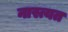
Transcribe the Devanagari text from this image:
नास्त्यत